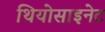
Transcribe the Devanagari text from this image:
थियोसाइनेट